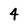
Character: 4